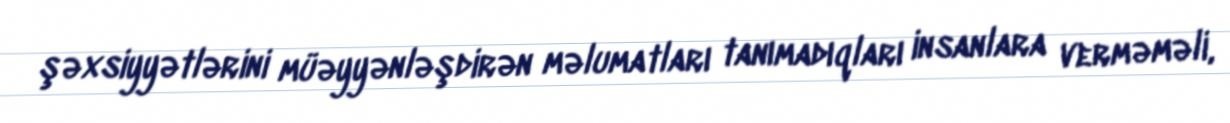
şəxsiyyətlərini müəyyənləşdirən məlumatları tanımadıqları insanlara verməməli,